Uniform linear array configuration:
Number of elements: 48
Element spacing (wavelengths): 0.75
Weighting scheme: binomial
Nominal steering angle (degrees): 60
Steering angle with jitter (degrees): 59.711
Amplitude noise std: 0.05
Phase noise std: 0.05

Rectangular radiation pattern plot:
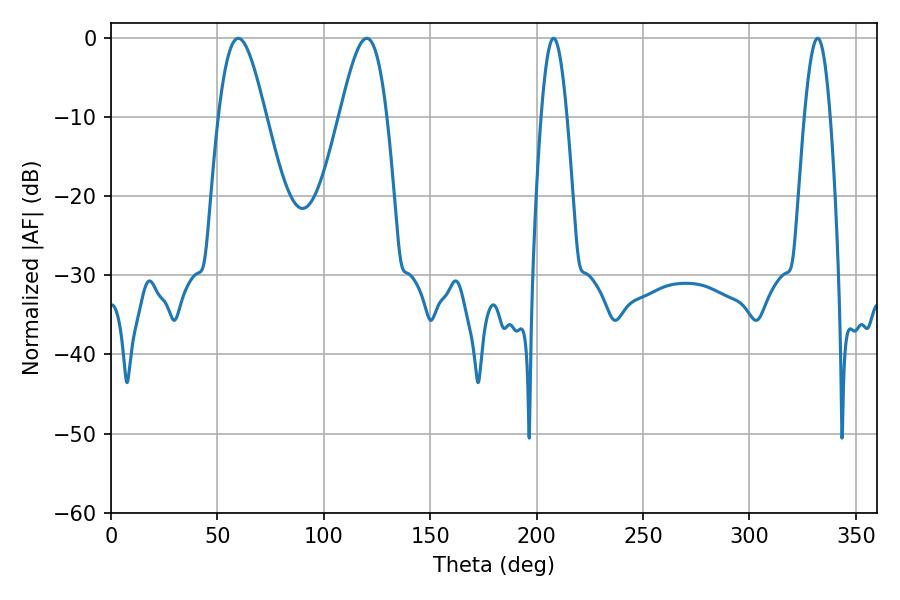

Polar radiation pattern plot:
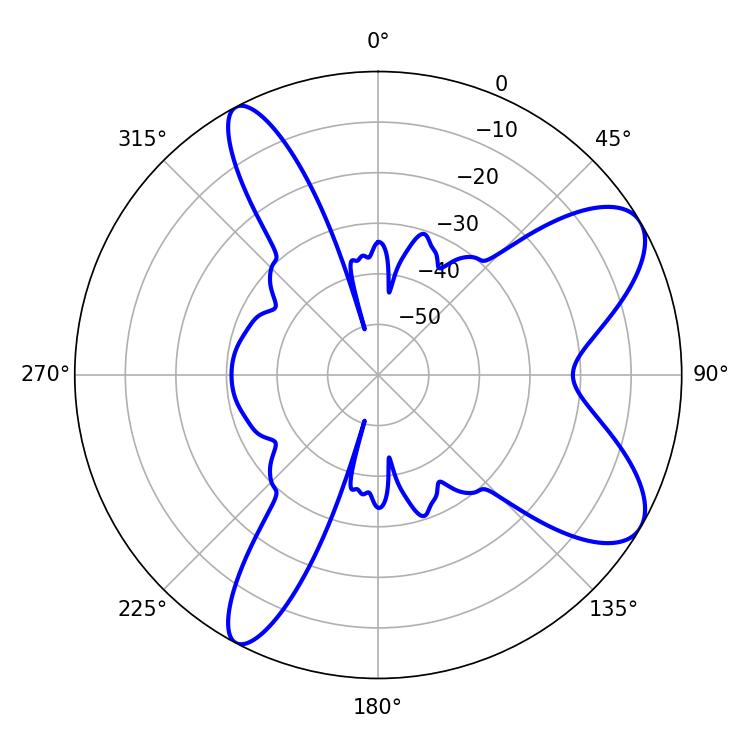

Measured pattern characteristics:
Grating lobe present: TRUE
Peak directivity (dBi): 8.495
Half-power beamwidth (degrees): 11.88
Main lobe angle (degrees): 59.76